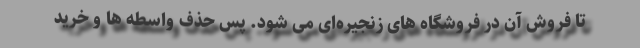
تا فروش آن در فروشگاه های زنجیره‌ای می شود. پس حذف واسطه ها و خرید